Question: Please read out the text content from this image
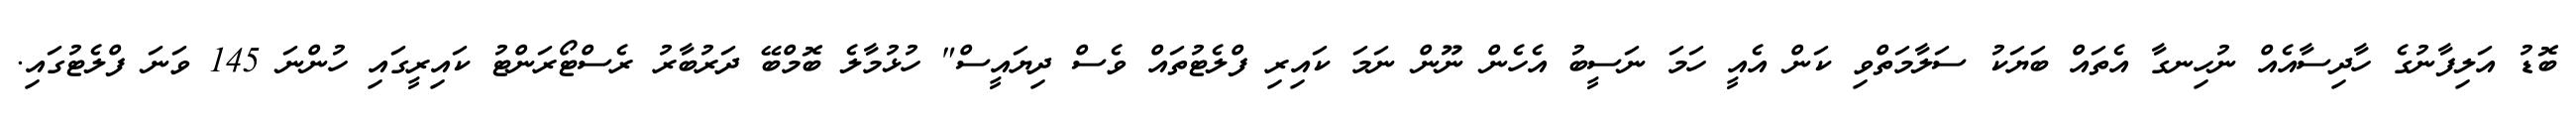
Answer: ބޮޑު އަލިފާނުގެ ހާދިސާއެއް ނުހިނގާ އެތައް ބަޔަކު ސަލާމަތްވި ކަން އެއީ ހަމަ ނަސީބު އެހެން ނޫން ނަމަ ކައިރި ފްލެޓުތައް ވެސް ދިޔައީސް" ހުޅުމާލެ ބޮމްބޭ ދަރުބާރު ރެސްޓޯރަންޓު ކައިރީގައި ހުންނަ 145 ވަނަ ފްލެޓުގައި.